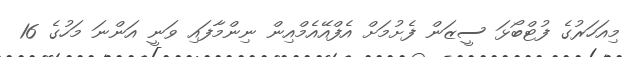
މިއަހަރުގެ ފުޓްބޯޅަ ސީޒަން ފެށުމަށް އެފްއޭއެމްއިން ނިންމާފައި ވަނީ އަންނަ މަހުގެ 16